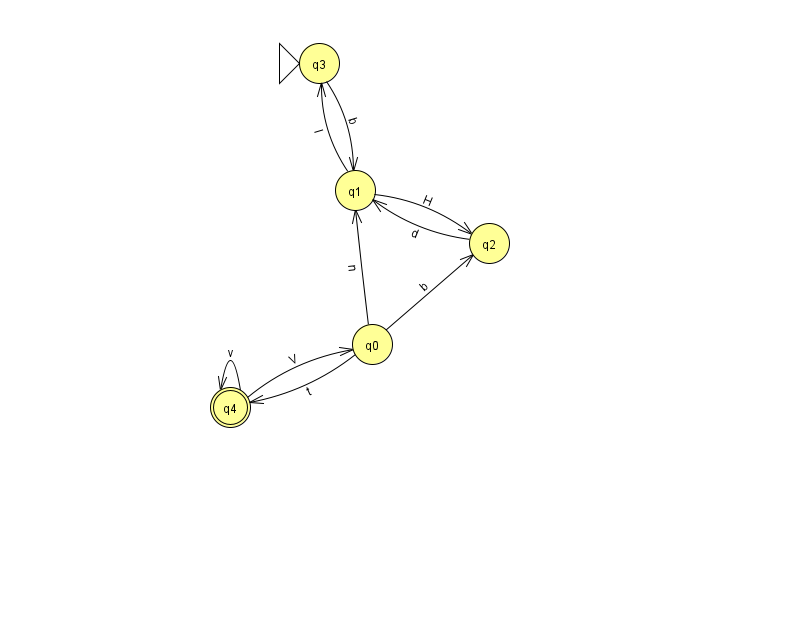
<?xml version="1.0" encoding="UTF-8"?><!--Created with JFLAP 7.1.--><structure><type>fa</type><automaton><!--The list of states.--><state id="0" name="q0"><x>372.0</x><y>331.0</y></state><state id="1" name="q1"><x>355.0</x><y>177.0</y></state><state id="2" name="q2"><x>489.0</x><y>230.0</y></state><state id="3" name="q3"><x>319.0</x><y>50.0</y><initial/></state><state id="4" name="q4"><x>230.0</x><y>394.0</y><final/></state><!--The list of transitions.--><transition><from>1</from><to>3</to><read>I</read></transition><transition><from>2</from><to>1</to><read>d</read></transition><transition><from>0</from><to>2</to><read>b</read></transition><transition><from>4</from><to>4</to><read>v</read></transition><transition><from>3</from><to>1</to><read>b</read></transition><transition><from>4</from><to>0</to><read>V</read></transition><transition><from>0</from><to>1</to><read>n</read></transition><transition><from>0</from><to>4</to><read>t</read></transition><transition><from>1</from><to>2</to><read>H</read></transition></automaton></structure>